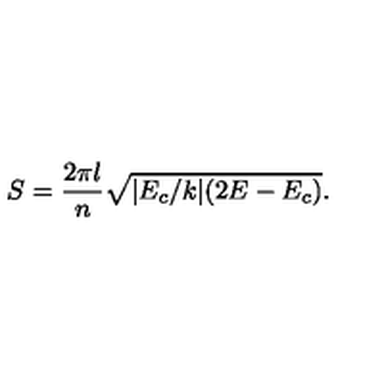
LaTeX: S = \frac { 2 \pi l } { n } \sqrt { | E _ { c } / k | ( 2 E - E _ { c } ) } .